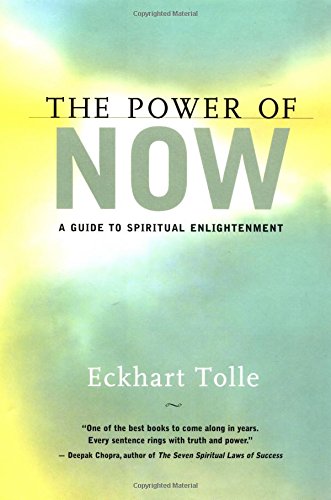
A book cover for The Power of Now: A Guide to Spiritual Enlightenment; Eckhart Tolle; Self-Help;